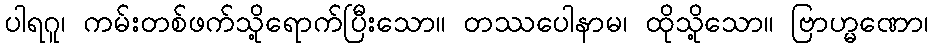
ပါရဂူ၊ ကမ်းတစ်ဖက်သို့ရောက်ပြီးသော။ တဿပေါနာမ၊ ထိုသို့သော။ ဗြာဟ္မဏော၊